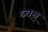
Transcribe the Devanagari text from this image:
ध्वन्